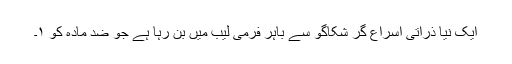
ایک نیا ذرّاتی اسراع گر شکاگو سے باہر فرمی لیب میں بن رہا ہے جو ضد مادّہ کو ١۔